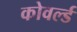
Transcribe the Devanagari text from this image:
कोवर्ल्ड